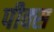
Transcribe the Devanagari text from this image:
पीक्स